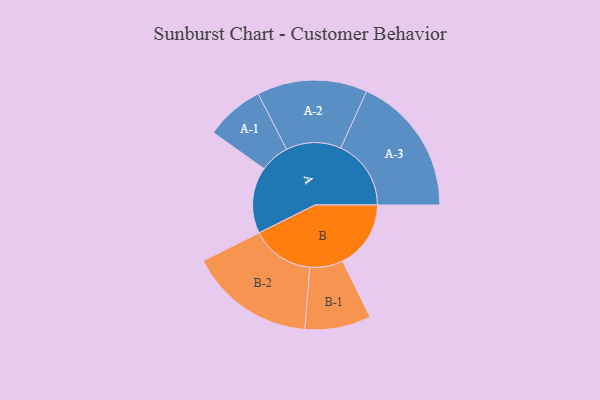
{"axis": {"x": "Segment", "y": "Value"}, "legend": ["", "A", "B"], "data": [{"x": "A", "y": 271, "type": ""}, {"x": "B", "y": 279, "type": ""}, {"x": "A-1", "y": 120, "type": "A"}, {"x": "A-2", "y": 225, "type": "A"}, {"x": "A-3", "y": 287, "type": "A"}, {"x": "B-1", "y": 135, "type": "B"}, {"x": "B-2", "y": 257, "type": "B"}]}